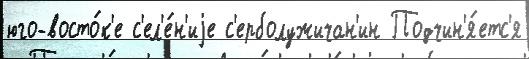
юго-восто́к'е с'ел'е́н'иjе с'ерболужичан'ин Подчин'я́етс'я